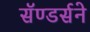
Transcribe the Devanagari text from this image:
सॅण्डर्सने